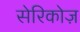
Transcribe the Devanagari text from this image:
सेरिकोज़